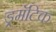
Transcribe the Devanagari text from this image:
ड्रमॅटिक